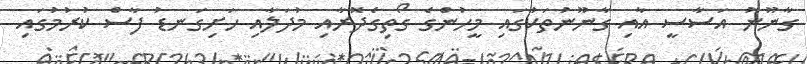
ގާނޫނު އަސާސީ އާއި ގާނޫނުތަކުގައި މީހުންގެ ގޯތިގެދޮރާއި މުދަލާއި ހަށިގަނޑު ފާސް ކުރުމުގައި